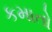
કમાતો